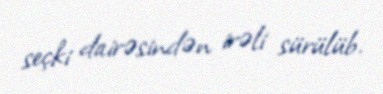
seçki dairəsindən irəli sürülüb.